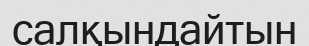
салқындайтын